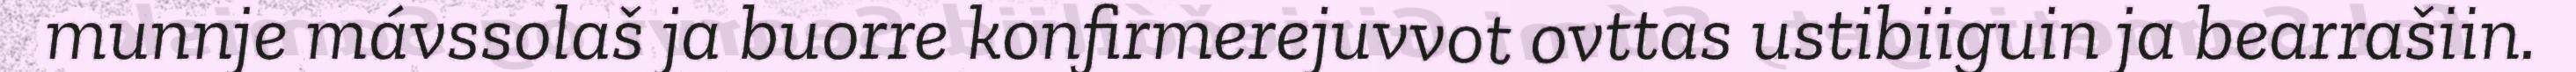
munnje mávssolaš ja buorre konfirmerejuvvot ovttas ustibiiguin ja bearrašiin.